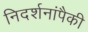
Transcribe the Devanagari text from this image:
निदर्शनांपैकी